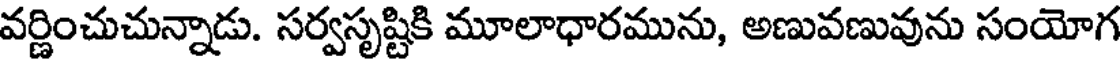
వర్ణించుచున్నాడు. సర్వసృష్టికి మూలాధారమును, అణువణువును సంయోగ